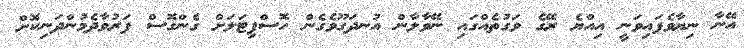
އޭނާ ނިޔާވެފައިވަނީ އިއްޔެ ރޭގެ ވަގުތެއްގައި ނޭވާލާން އުނދަގޫވެގެން ހޮސްޕިޓަލަށް ގެންގޮސް ފަރުވާދެމުންދަނިކޮށް